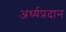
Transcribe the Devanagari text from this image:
अर्ध्यप्रदान